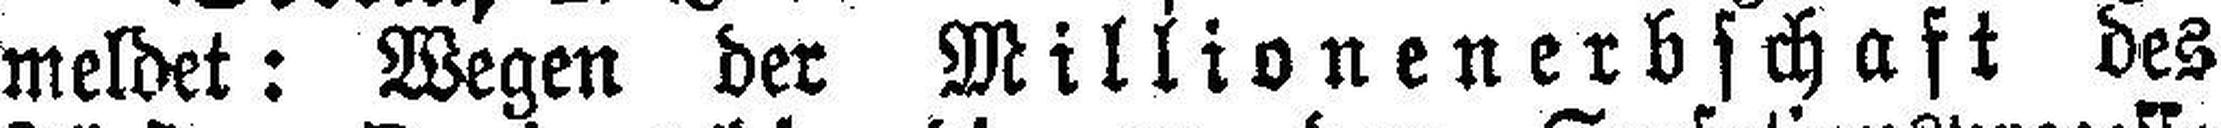
meldet: Wegen der Millionenerbschaft des